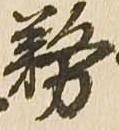
務